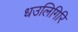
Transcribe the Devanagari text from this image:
धउलिगिरि